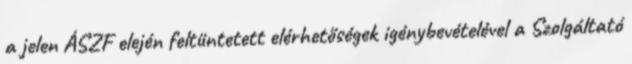
a jelen ÁSZF elején feltüntetett elérhetőségek igénybevételével a Szolgáltató